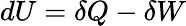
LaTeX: dU=\delta Q-\delta W